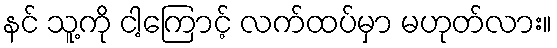
နင် သူ့ကို ငါ့ကြောင့် လက်ထပ်မှာ မဟုတ်လား။